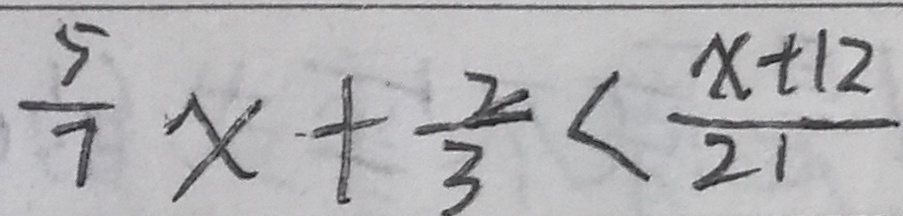
\frac { 5 } { 7 } x + \frac { 2 } { 3 } < \frac { x + 1 2 } { 2 1 }